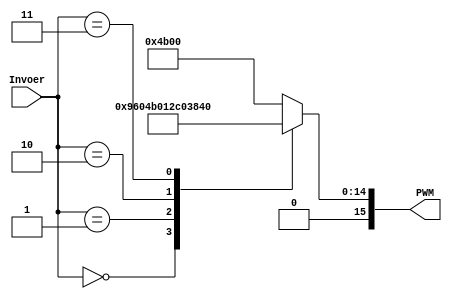
module WaardeNaarPWM(
    input [2:0] Invoer,
    output [15:0] PWM);
	 
	reg [15:0] Uitgang;
	
	always @ (Invoer) begin
		case (Invoer) 
			0: Uitgang = 1200;			// 5%
			1: Uitgang = 4800;			// 20%
			2: Uitgang = 9600;			// 40%
			3: Uitgang = 14400;			// 60%
			4: Uitgang = 19200;			// 80%
			default: Uitgang = 19200; 	// default 80%
		endcase
	end
	
	assign PWM = Uitgang;
	
endmodule